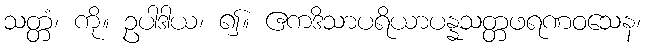
သတ္တံ၊ ကို။ ဥပါဒါယ၊ ၍။ ဧကဒိသာပရိယာပန္နသတ္တဖရဏဝသေန၊